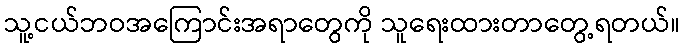
သူ့ငယ်ဘဝအကြောင်းအရာတွေကို သူရေးထားတာတွေ့ရတယ်။